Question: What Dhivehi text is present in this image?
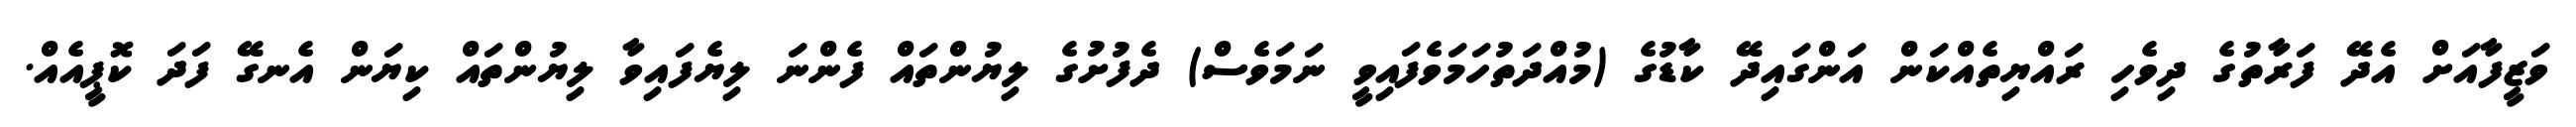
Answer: ވަޒީފާއަށް އެދޭ ފަރާތުގެ ދިވެހި ރައްޔިތެއްކަން އަންގައިދޭ ކާޑުގެ (މުއްދަތުހަމަވެފައިވީ ނަމަވެސް) ދެފުށުގެ ލިޔުންތައް ފެންނަ ލިޔެފައިވާ ލިޔުންތައް ކިޔަން އެނގޭ ފަދަ ކޮޕީއެއް.